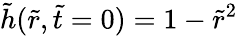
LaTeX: \tilde{h}(\tilde{r},\tilde{t}=0)=1-\tilde{r}^{2}